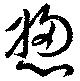
憁